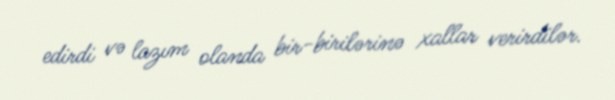
edirdi və lazım olanda bir-birilərinə xallar verirdilər.